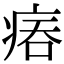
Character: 𤶕